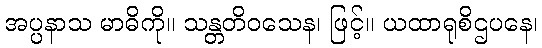
အပ္ပနာသ မာဓိကို။ သန္တတိဝသေန၊ ဖြင့်။ ယထာရုစိဌပနေ၊